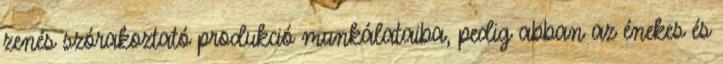
zenés szórakoztató produkció munkálataiba, pedig abban az énekes és